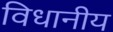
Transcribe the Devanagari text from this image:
विधानीय